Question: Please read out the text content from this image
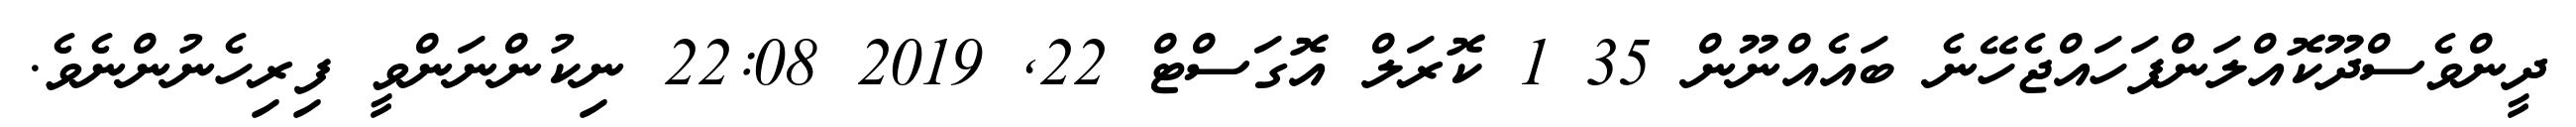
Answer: ދީންވެސްދޫކޮއްލަންފަހައްޖެހޭނެ ބައެއްނޫން 35 1 ކޮރަލް އޮގަސްޓް 22, 2019 22:08 ނިކުންނަންވީ ފިރިހެނުންނެވެ.